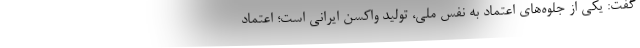
گفت: یکی از جلوه‌های اعتماد به نفس ملی، تولید واکسن ایرانی است؛ اعتماد